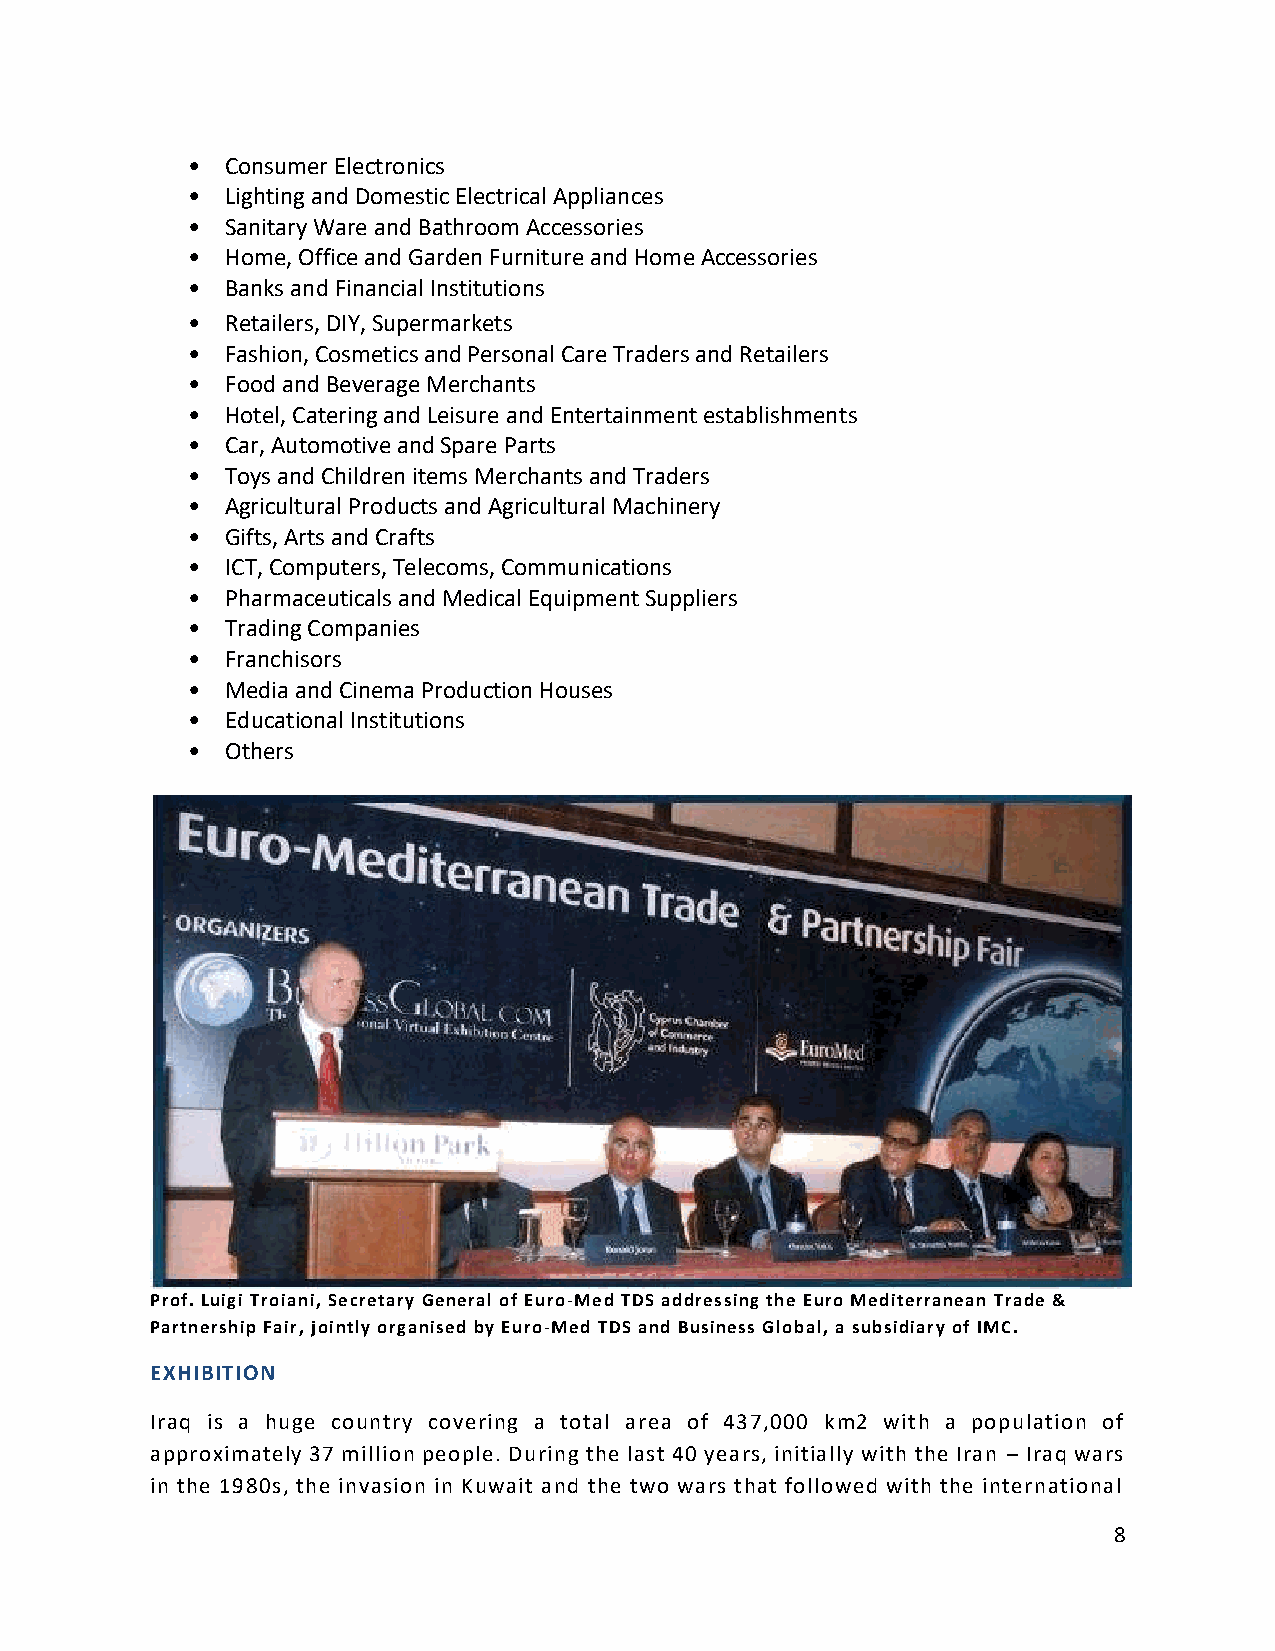
•  Consumer Electronics
 •  Lighting and Domestic Electrical Appliances
 •  Sanitary Ware and Bathroom Accessories
 •  Home, Office and Garden Furniture and Home Accessories
 •  Banks and Financial Institutions
 •  Retailers, DIY, Supermarkets
 •  Fashion, Cosmetics and Personal Care Traders and Retailers
 •  Food and Beverage Merchants
 •  Hotel, Catering and Leisure and Entertainment establishments
 •  Car, Automotive and Spare Parts
 •  Toys and Children items Merchants and Traders
 •  Agricultural Products and Agricultural Machinery
 •  Gifts, Arts and Crafts
 •  ICT, Computers, Telecoms, Communications
 •  Pharmaceuticals and Medical Equipment Suppliers
 •  Trading Companies
 •  Franchisors
 •  Media and Cinema Production Houses
 •  Educational Institutions
 •  Others
 Prof. Luigi Troiani, Secretary General of Euro-Med TDS addressing the Euro Mediterranean Trade &
 Partnership Fair, jointly organised by Euro-Med TDS and Business Global, a subsidiary of IMC.
 EXHIBITION
 Iraq is a huge country covering a total area of 437,000 km2 with a population of
 approximately 37 million people. During the last 40 years, initially with the Iran – Iraq wars
 in the 1980s, the invasion in Kuwait and the two wars that followed with the international
 8